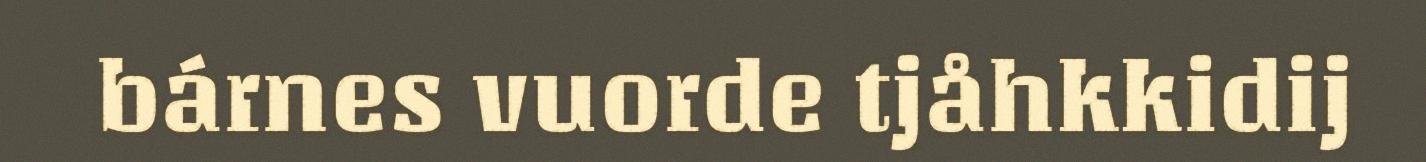
bárnes vuorde tjåhkkidij